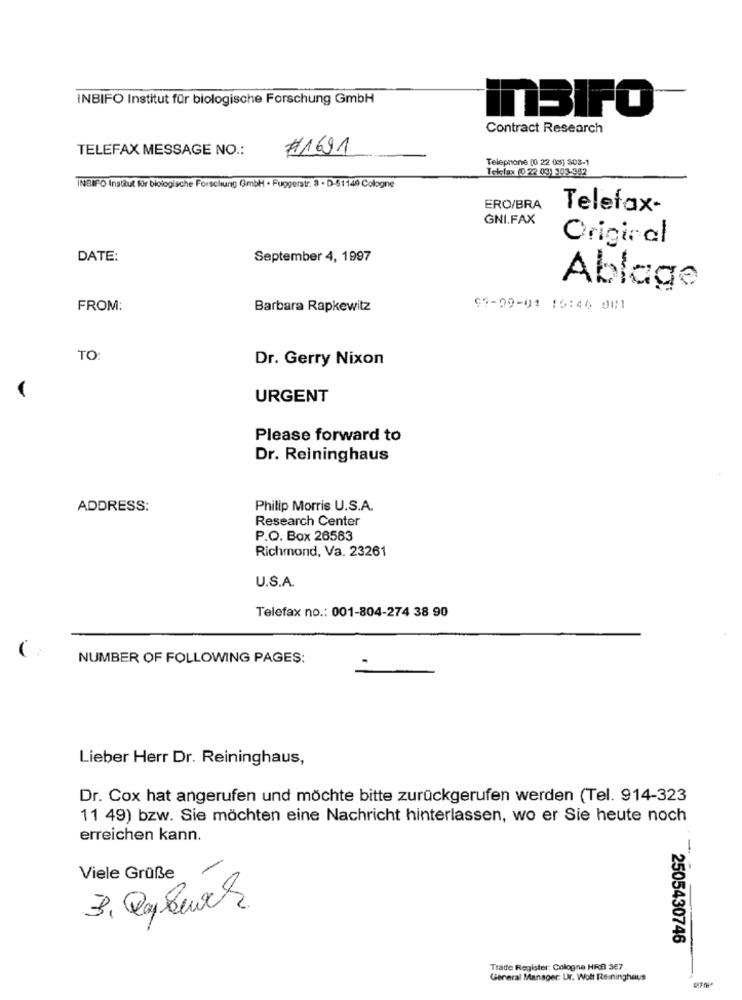
INBIFO Institut für biologische Forschung GmbH
nBIFO
Contract Research
TELEFAX MESSAGE NO .:
#1691
Telephone (0 22 03) 503-1
Ickfax (D 22 03) 303-382
INBIFO Institut fir biologische Forschung GmbH · Fuggerstr. 8 · D-51140 Cologne
ERO/BRA
Telefax-
GNI.FAX
-
Original
DATE:
September 4, 1997
Ablage
FROM:
Barbara Rapkewitz
09-09-01 16:46 001
TO:
Dr. Gerry Nixon
URGENT
Please forward to
Dr. Reininghaus
ADDRESS:
Philip Morris U.S.A.
Research Center
P.O. Box 26583
Richmond, Va. 23261
U.S.A.
Telefax no .: 001-804-274 38 90
NUMBER OF FOLLOWING PAGES:
Lieber Herr Dr. Reininghaus,
Dr. Cox hat angerufen und möchte bitte zurückgerufen werden (Tel. 914-323
11 49) bzw. Sie möchten eine Nachricht hinterlassen, wo er Sie heute noch
erreichen kann.
/
Viele Grüße
3. DaQues
2505430746
Trade Register: Cologne HRB 367
General Manager: Ur. Wolf Reininghaus